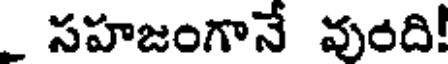
_ సహజంగానే వుంది!